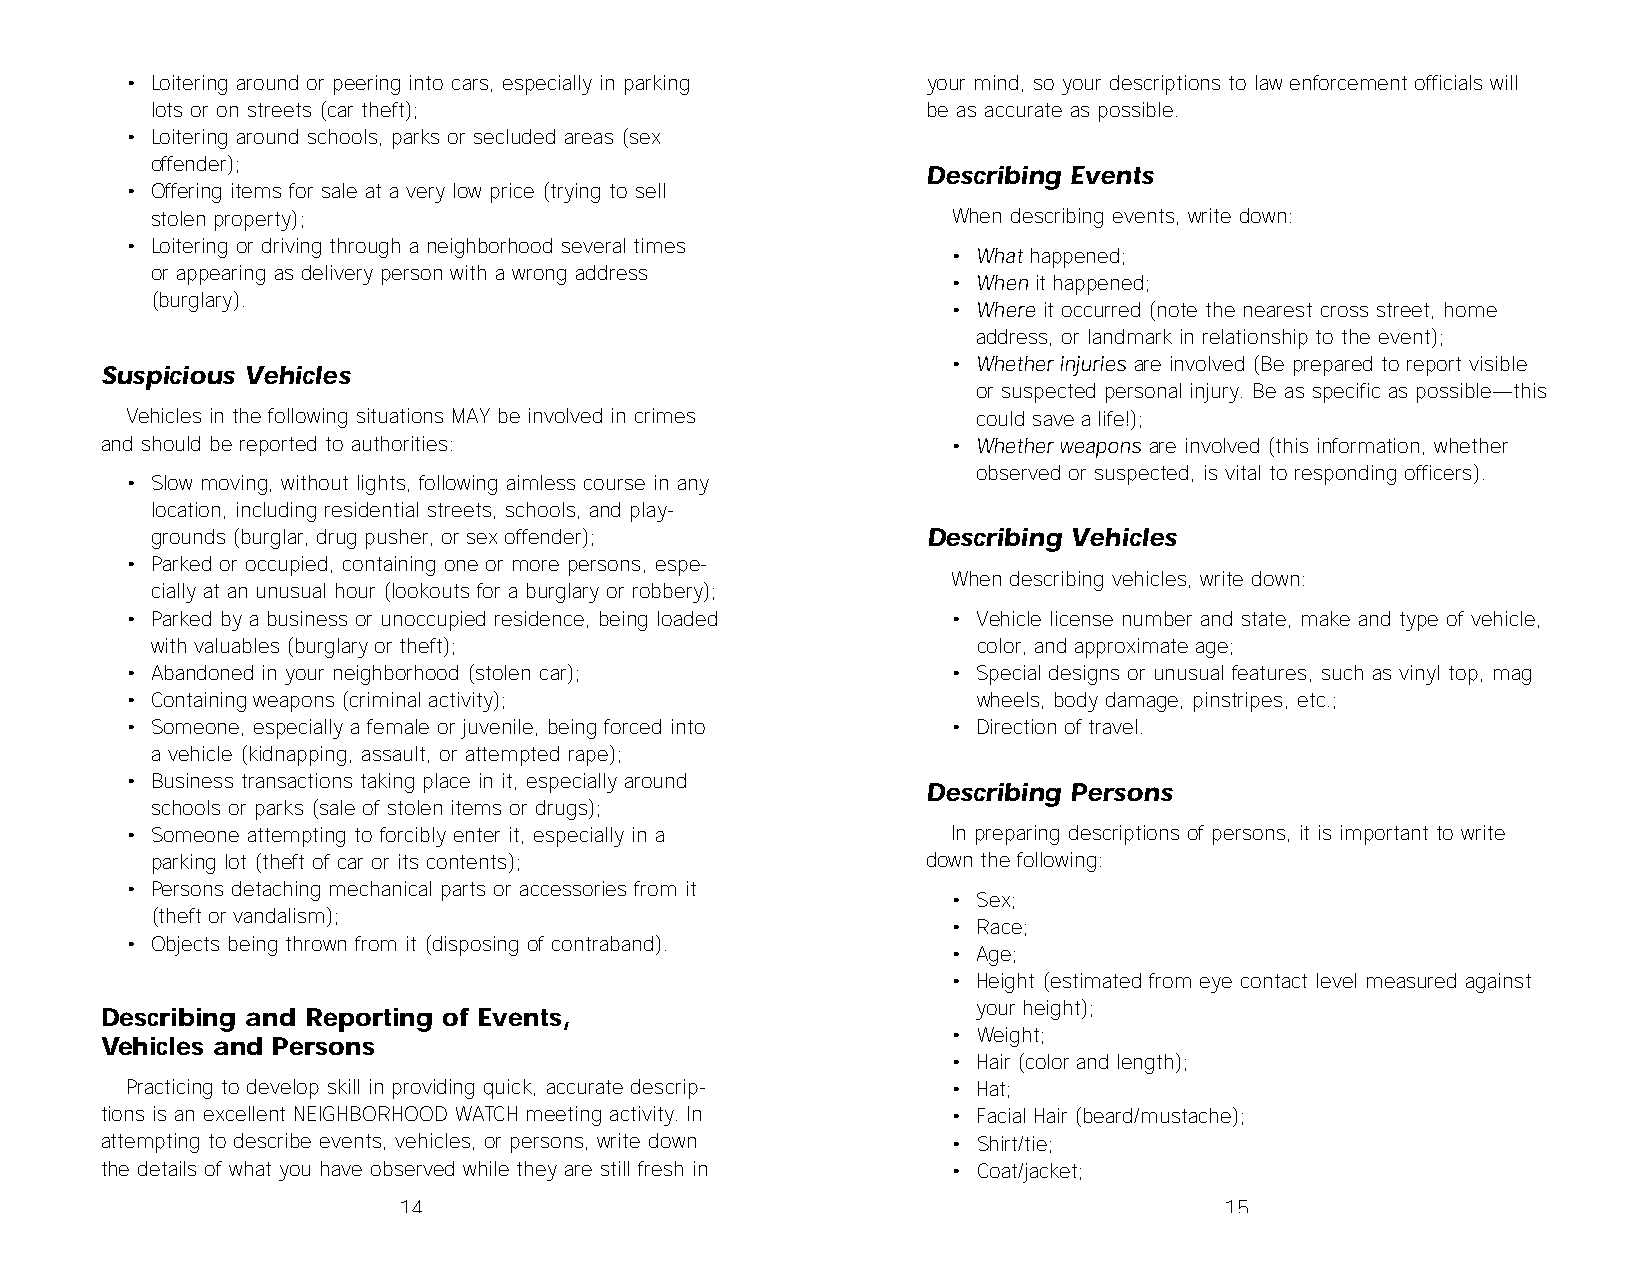
• Loitering around or peering into cars, especially in parking your mind, so your descriptions to law enforcement officials will
 lots or on streets (car theft);                    be as accurate as possible.
 • Loitering around schools, parks or secluded areas (sex
 offender);
 Describing Events
 • Offering items for sale at a very low price (trying to sell
 stolen property);                                    When describing events, write down:
 • Loitering or driving through a neighborhood several times
 • What happened;
 or appearing as delivery person with a wrong address
 • When it happened;
 (burglary).
 • Where it occurred (note the nearest cross street, home
 address, or landmark in relationship to the event);
 • Whether injuries are involved (Be prepared to report visible
 Suspicious Vehicles
 or suspected personal injury. Be as specific as possible—this
 Vehicles in the following situations MAY be involved in crimes could save a life!);
 and should be reported to authorities:                  • Whether weapons are involved (this information, whether
 observed or suspected, is vital to responding officers).
 • Slow moving, without lights, following aimless course in any
 location, including residential streets, schools, and play-
 grounds (burglar, drug pusher, or sex offender);   Describing Vehicles
 • Parked or occupied, containing one or more persons, espe-
 When describing vehicles, write down:
 cially at an unusual hour (lookouts for a burglary or robbery);
 • Parked by a business or unoccupied residence, being loaded • Vehicle license number and state, make and type of vehicle,
 with valuables (burglary or theft);                    color, and approximate age;
 • Abandoned in your neighborhood (stolen car);         • Special designs or unusual features, such as vinyl top, mag
 • Containing weapons (criminal activity);                wheels, body damage, pinstripes, etc.;
 • Someone, especially a female or juvenile, being forced into • Direction of travel.
 a vehicle (kidnapping, assault, or attempted rape);
 • Business transactions taking place in it, especially around
 Describing Persons
 schools or parks (sale of stolen items or drugs);
 • Someone attempting to forcibly enter it, especially in a In preparing descriptions of persons, it is important to write
 parking lot (theft of car or its contents);        down the following:
 • Persons detaching mechanical parts or accessories from it
 • Sex;
 (theft or vandalism);
 • Race;
 • Objects being thrown from it (disposing of contraband).
 • Age;
 • Height (estimated from eye contact level measured against
 your height);
 Describing and Reporting of Events,
 • Weight;
 Vehicles and Persons
 • Hair (color and length);
 Practicing to develop skill in providing quick, accurate descrip- • Hat;
 tions is an excellent NEIGHBORHOOD WATCH meeting activity. In • Facial Hair (beard/mustache);
 attempting to describe events, vehicles, or persons, write down • Shirt/tie;
 the details of what you have observed while they are still fresh in • Coat/jacket;
 14                                                     15